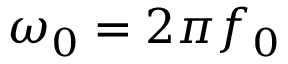
\omega _ { 0 } = 2 \pi f _ { 0 }